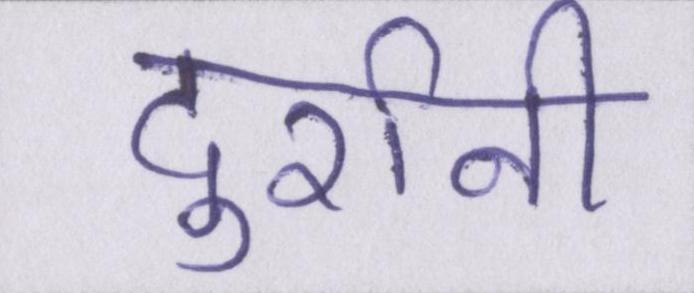
दुर्रानी